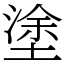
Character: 塗